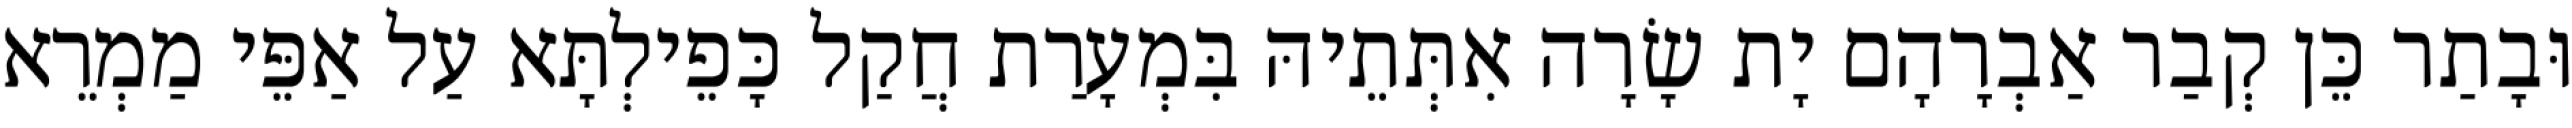
וּבָתַר כֵּן קְבַר אַבְרָהָם יָת שָׂרָה אִתְּתֵיהּ בִּמְעָרַת חֲקַל כָּפֵילְתָּא עַל אַפֵּי מַמְרֵא